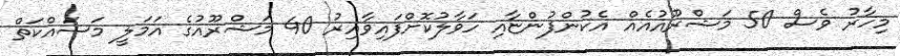
މިހާރު ވެސް 50 މަޝްރޫއުއެއް އެކުންފުންޏާއި ހަވާލުކޮށްފައިވާއިރު 40 މަޝްރޫއުގެ އަމަލީ މަސައްކަތް